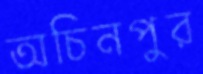
অচিনপুর